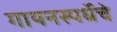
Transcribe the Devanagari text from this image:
गायनस्पर्धेचे